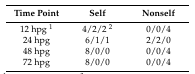
<table><thead><tr><td><b>Time Point</b></td><td><b>Self</b></td><td><b>Nonself</b></td></tr></thead><tbody><tr><td>12 hpg <sup>1</sup></td><td>4/2/2 <sup>2</sup></td><td>0/0/4</td></tr><tr><td>24 hpg</td><td>6/1/1</td><td>2/2/0</td></tr><tr><td>48 hpg</td><td>8/0/0</td><td>0/0/4</td></tr><tr><td>72 hpg</td><td>8/0/0</td><td>0/0/4</td></tr></tbody></table>